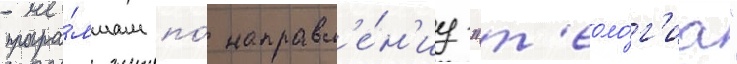
програ́ммам по́ направл'е́н'иу "т'еоло́г'иа"